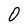
Character: O